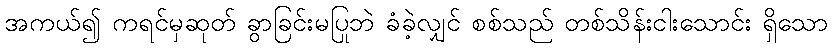
အကယ်၍ ကရင်မှဆုတ် ခွာခြင်းမပြုဘဲ ခံခဲ့လျှင် စစ်သည် တစ်သိန်းငါးသောင်း ရှိသော